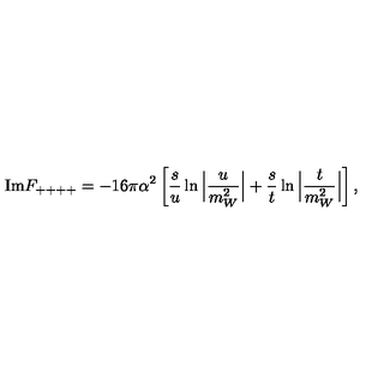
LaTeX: \mathrm { I m } F _ { + + + + } = - 1 6 \pi \alpha ^ { 2 } \left[ \frac { s } { u } \ln \Big | \frac { u } { m _ { W } ^ { 2 } } \Big | + \frac { s } { t } \ln \Big | \frac { t } { m _ { W } ^ { 2 } } \Big | \right] ,